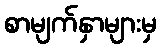
စာမျက်နှာများမှ